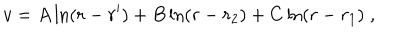
v = A \ln ( r - r ^ { \prime } ) + B \ln ( r - r _ { 2 } ) + C \ln ( r - r _ { 1 } ) \; ,